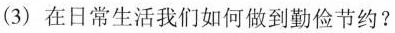
(3)在日常生活我们如何做到勤俭节约?